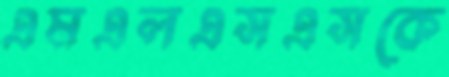
এমএলএসএসকে